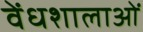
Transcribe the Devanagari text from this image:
वेंधशालाओं